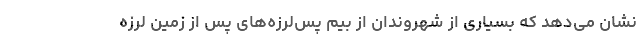
نشان می‌دهد که بسیاری از شهروندان از بیم پس‌لرزه‌های پس از زمین لرزه